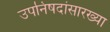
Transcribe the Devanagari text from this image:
उपनिषदांसारख्या